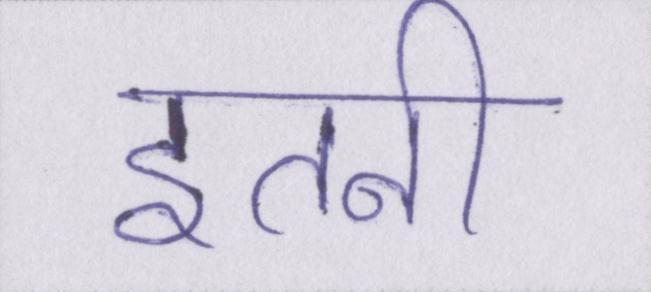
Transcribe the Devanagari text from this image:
इतनी